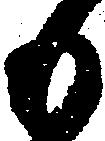
も